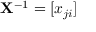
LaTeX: \mathbf { X } ^ { - 1 } = [ x _ { j i } ]